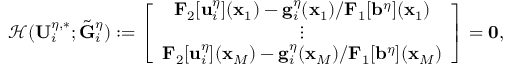
\mathcal { H } ( \mathbf { U } _ { i } ^ { \eta , * } ; \tilde { \mathbf { G } } _ { i } ^ { \eta } ) : = \left[ \begin{array} { c } { \mathbf { F } _ { 2 } [ \mathbf { u } _ { i } ^ { \eta } ] ( \mathbf { x } _ { 1 } ) - \mathbf { g } _ { i } ^ { \eta } ( \mathbf { x } _ { 1 } ) / \mathbf { F } _ { 1 } [ \mathbf { b } ^ { \eta } ] ( \mathbf { x } _ { 1 } ) } \\ { \vdots } \\ { \mathbf { F } _ { 2 } [ \mathbf { u } _ { i } ^ { \eta } ] ( \mathbf { x } _ { M } ) - \mathbf { g } _ { i } ^ { \eta } ( \mathbf { x } _ { M } ) / \mathbf { F } _ { 1 } [ \mathbf { b } ^ { \eta } ] ( \mathbf { x } _ { M } ) } \end{array} \right] = \mathbf { 0 } ,